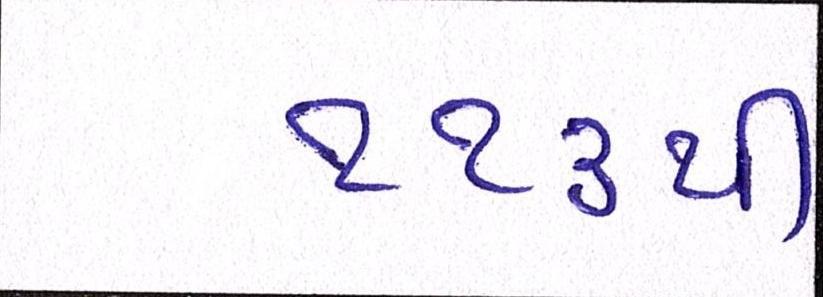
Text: ૧૧૩થી